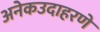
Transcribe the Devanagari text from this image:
अनेकउदाहरणे